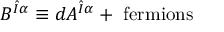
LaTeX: B ^ { \hat { I } \alpha } \equiv d A ^ { \hat { I } \alpha } + \mathrm { \, \, f e r m i o n s }